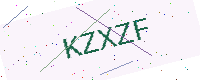
Text: KZXZF